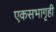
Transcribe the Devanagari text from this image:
एकसभागृही